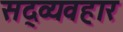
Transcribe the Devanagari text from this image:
सद्‍व्यवहार